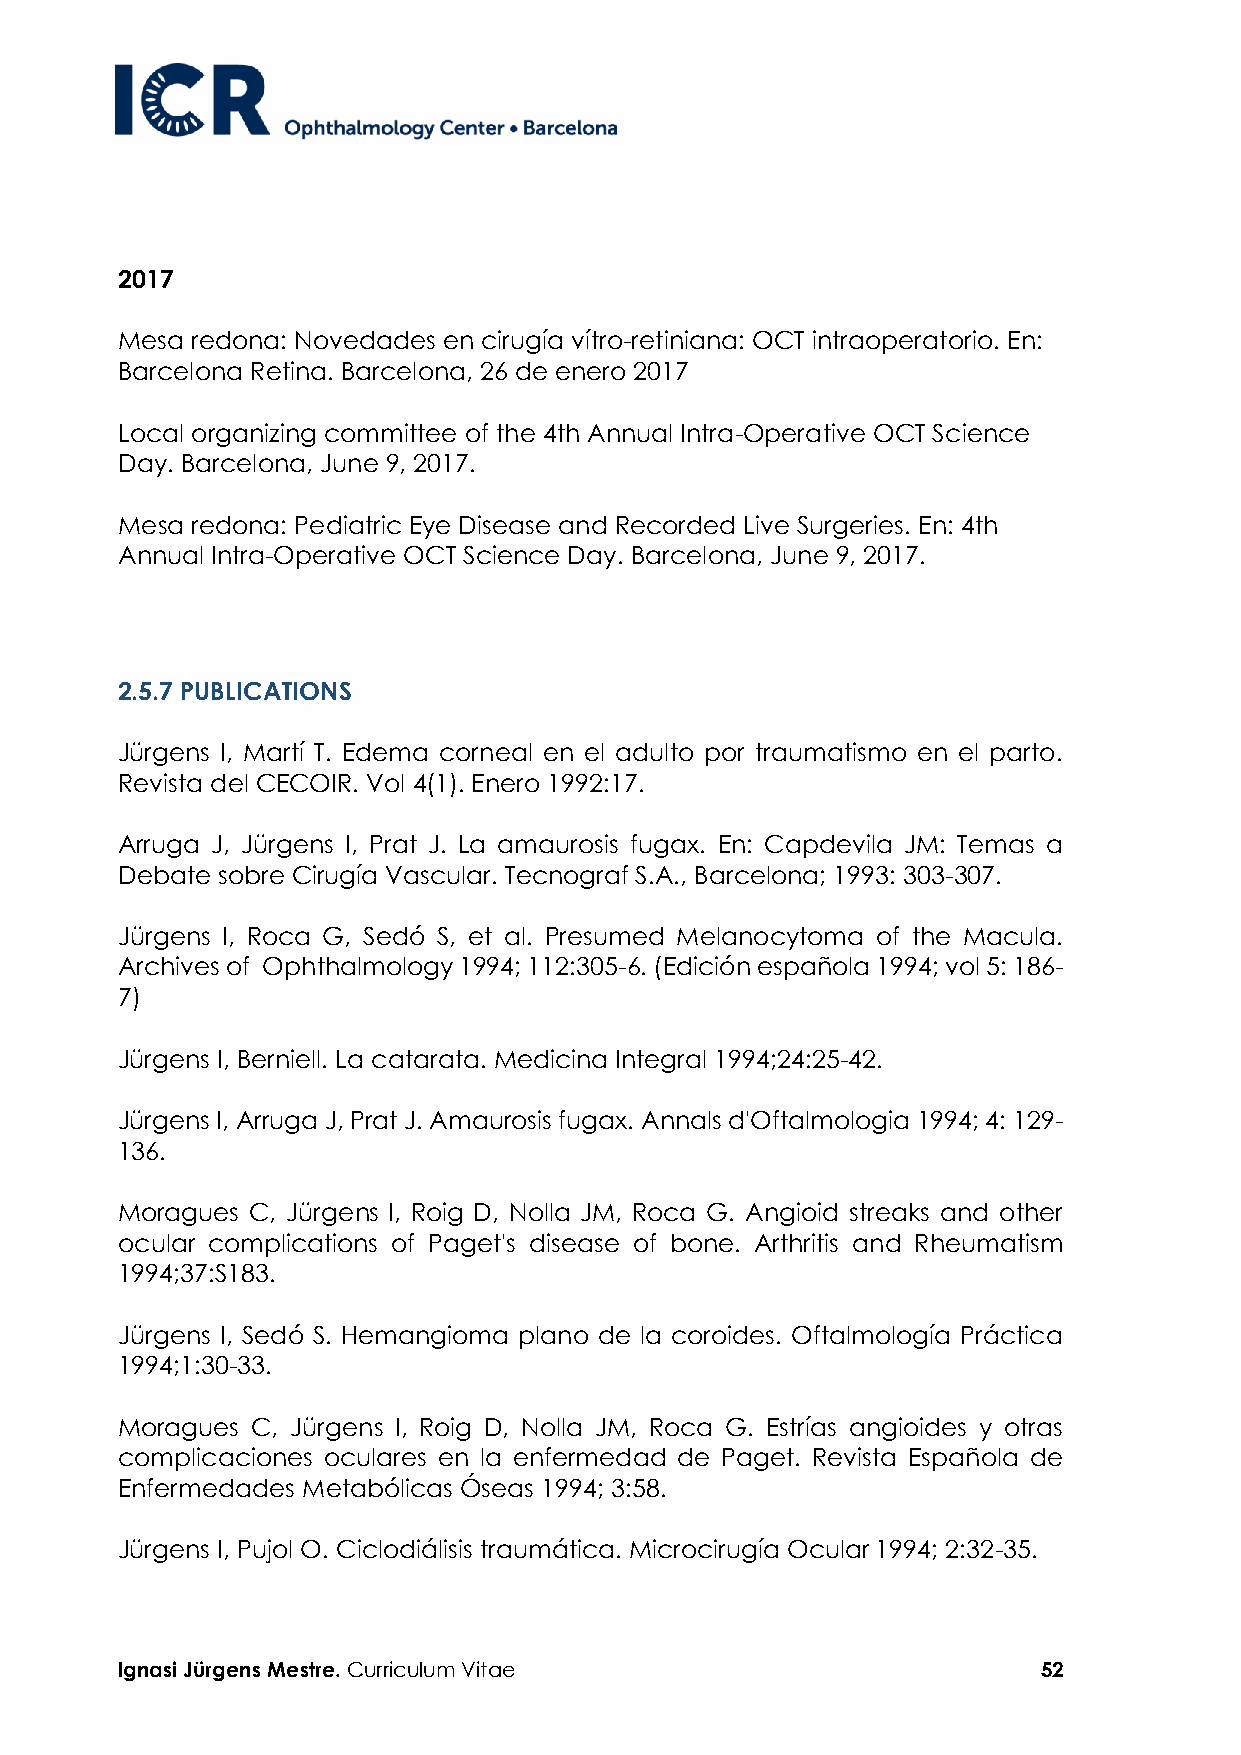
2017
 Mesa redona: Novedades en cirugía vítro-retiniana: OCT intraoperatorio. En:
 Barcelona Retina. Barcelona, 26 de enero 2017
 Local organizing committee of the 4th Annual Intra-Operative OCT Science
 Day. Barcelona, June 9, 2017.
 Mesa redona: Pediatric Eye Disease and Recorded Live Surgeries. En: 4th
 Annual Intra-Operative OCT Science Day. Barcelona, June 9, 2017.
 2.5.7 PUBLICATIONS
 Jürgens I, Martí T. Edema corneal en el adulto por traumatismo en el parto.
 Revista del CECOIR. Vol 4(1). Enero 1992:17.
 Arruga J, Jürgens I, Prat J. La amaurosis fugax. En: Capdevila JM: Temas a
 Debate sobre Cirugía Vascular. Tecnograf S.A., Barcelona; 1993: 303-307.
 Jürgens I, Roca G, Sedó S, et al. Presumed Melanocytoma of the Macula.
 Archives of Ophthalmology 1994; 112:305-6. (Edición española 1994; vol 5: 186-
 7)
 Jürgens I, Berniell. La catarata. Medicina Integral 1994;24:25-42.
 Jürgens I, Arruga J, Prat J. Amaurosis fugax. Annals d'Oftalmologia 1994; 4: 129-
 136.
 Moragues C, Jürgens I, Roig D, Nolla JM, Roca G. Angioid streaks and other
 ocular complications of Paget's disease of bone. Arthritis and Rheumatism
 1994;37:S183.
 Jürgens I, Sedó S. Hemangioma plano de la coroides. Oftalmología Práctica
 1994;1:30-33.
 Moragues C, Jürgens I, Roig D, Nolla JM, Roca G. Estrías angioides y otras
 complicaciones oculares en la enfermedad de Paget. Revista Española de
 Enfermedades Metabólicas Óseas 1994; 3:58.
 Jürgens I, Pujol O. Ciclodiálisis traumática. Microcirugía Ocular 1994; 2:32-35.
 Ignasi Jürgens Mestre. Curriculum Vitae                      52